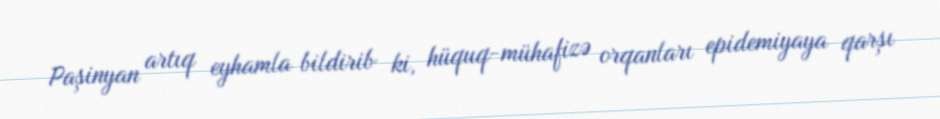
Paşinyan artıq eyhamla bildirib ki, hüquq-mühafizə orqanları epidemiyaya qarşı